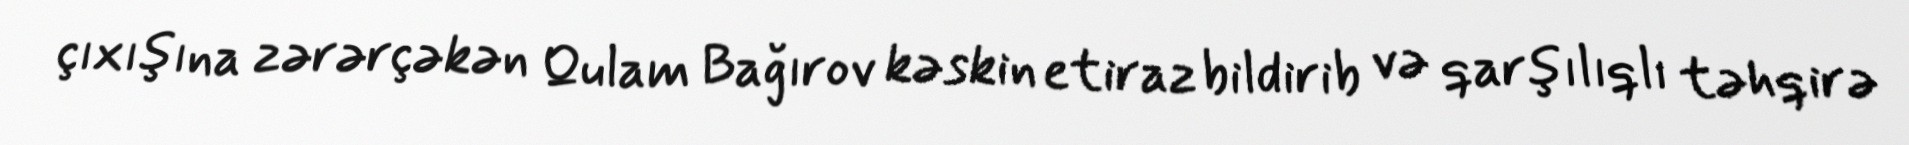
çıxışına zərərçəkən Qulam Bağırov kəskin etiraz bildirib və qarşılıqlı təhqirə